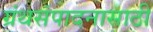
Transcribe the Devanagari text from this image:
ग्रंथसंपादनासाठी